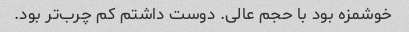
خوشمزه بود با حجم عالی. دوست داشتم کم چرب‌تر بود.